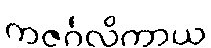
ကဇင်္ဂလိကာယ